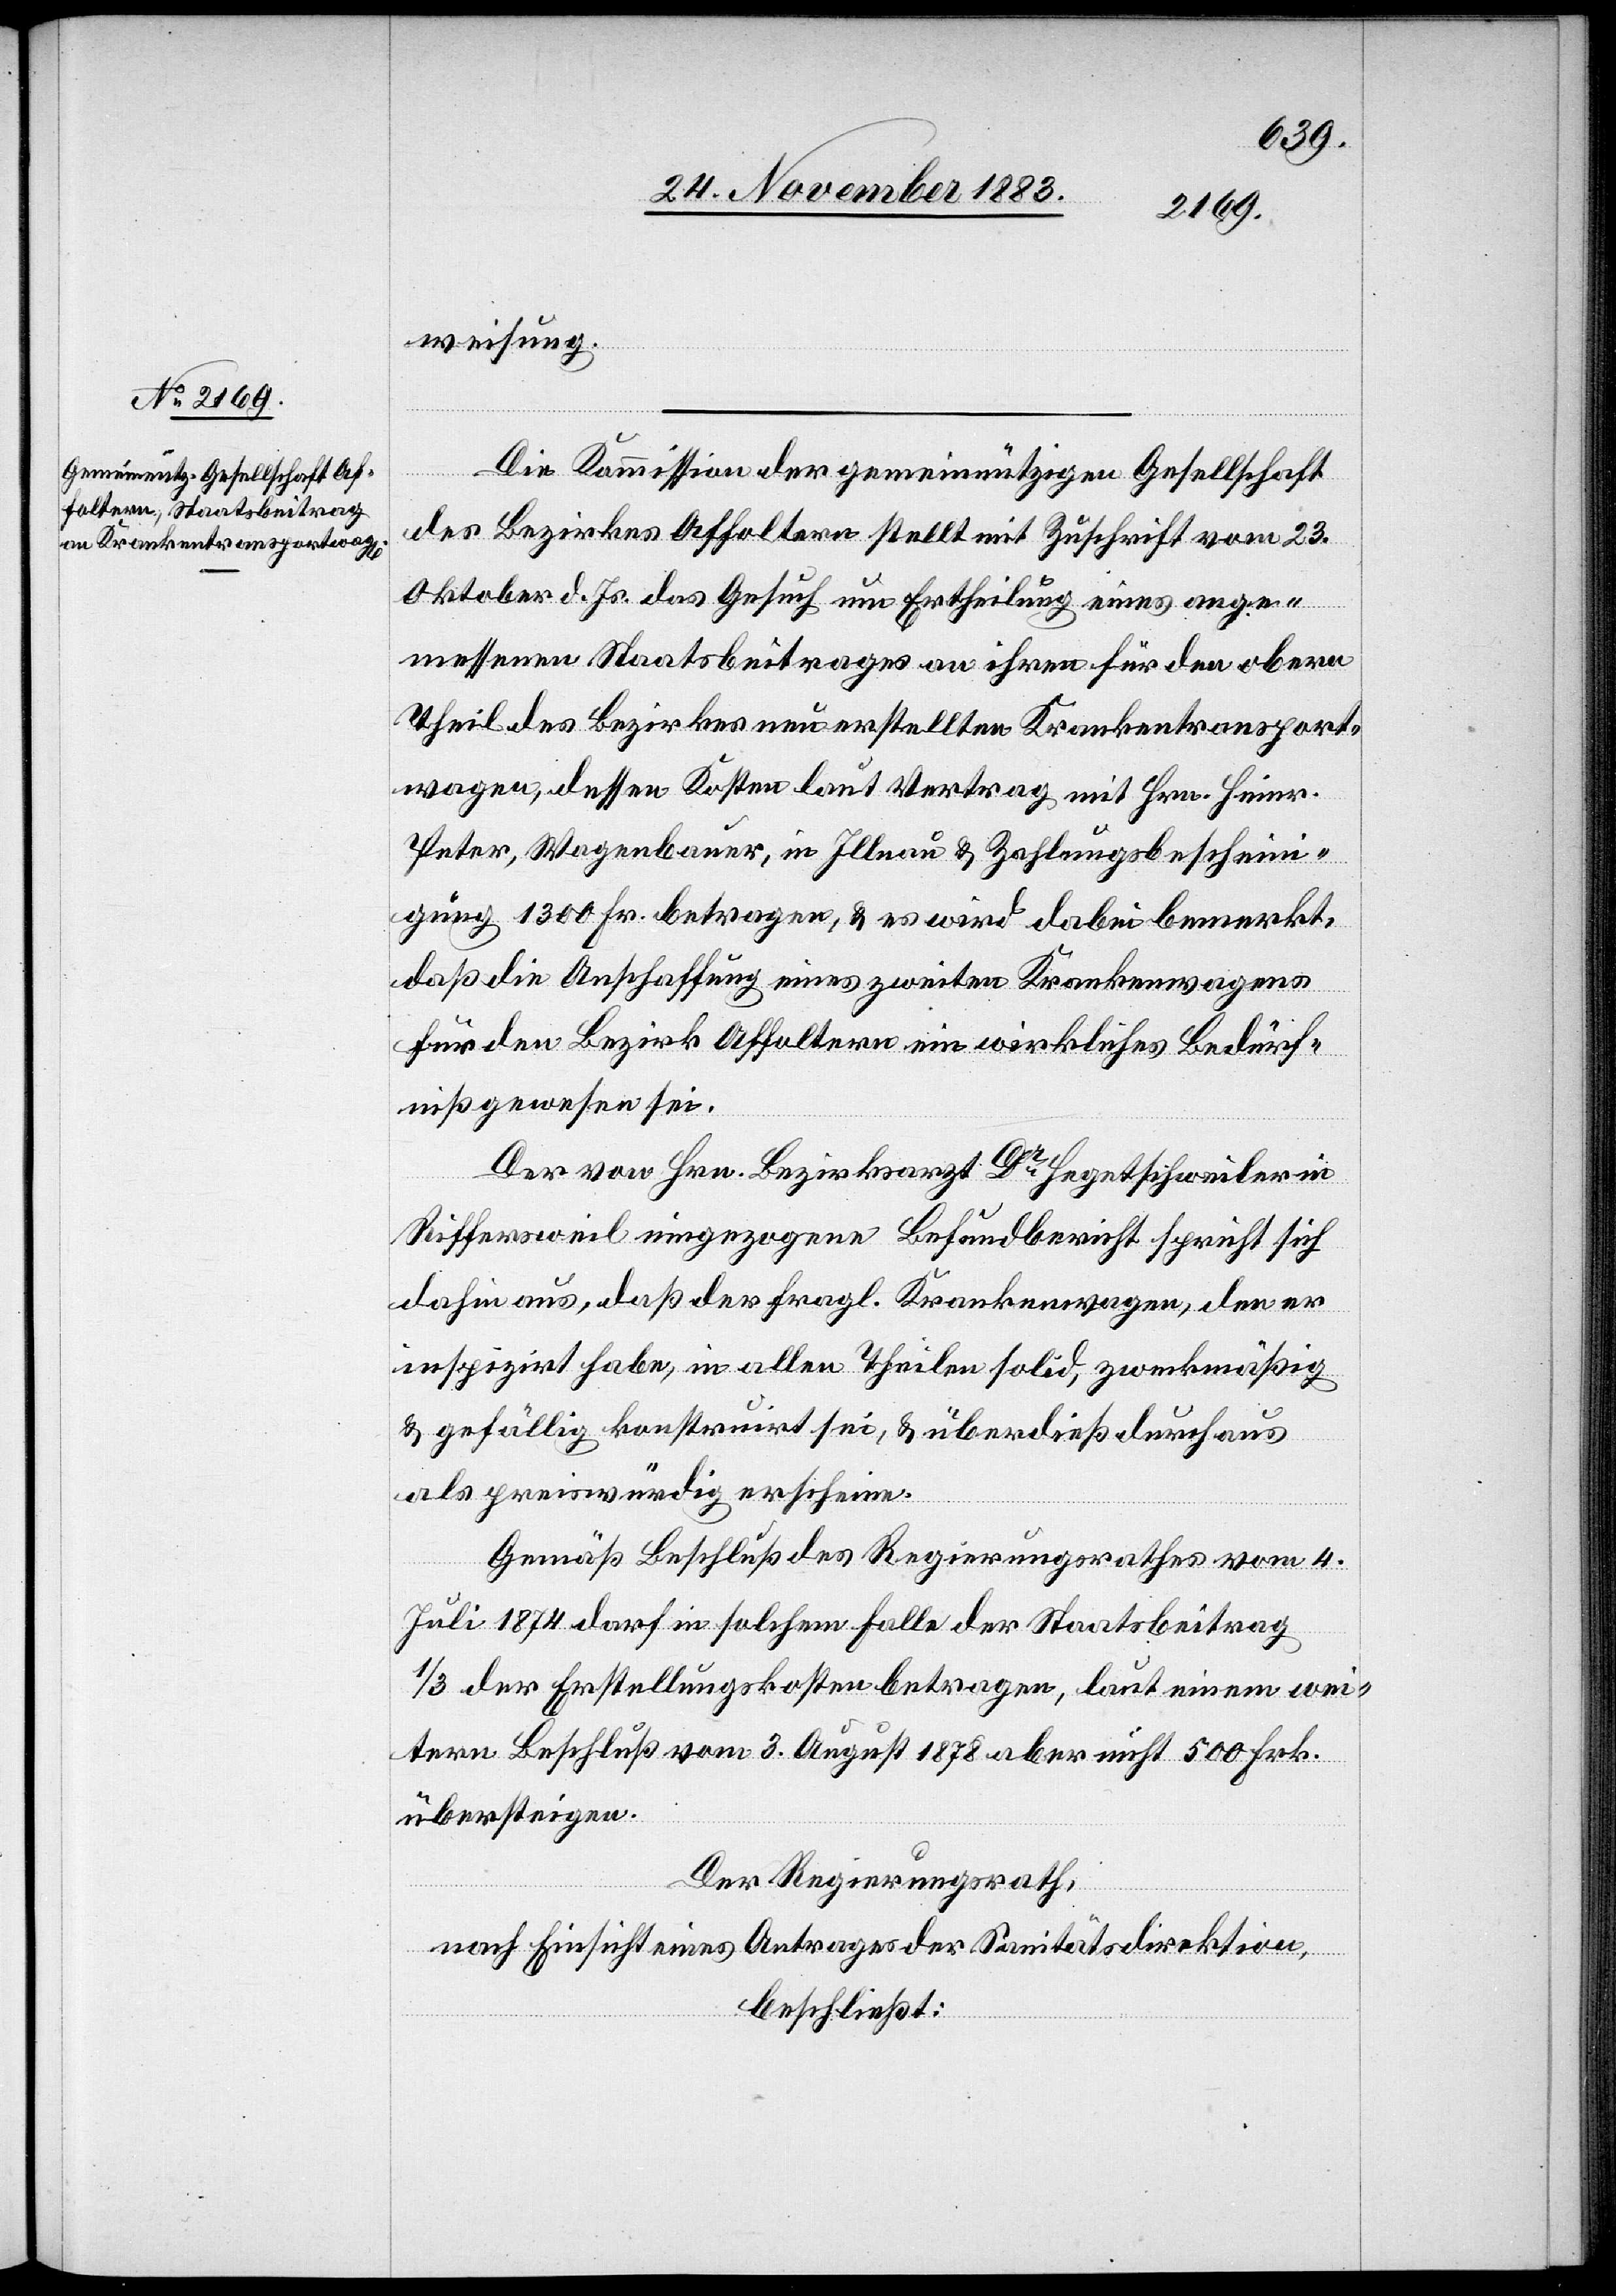
weisung.
Die Kommission der gemeinnützigen Gesellschaft
des Bezirkes Affoltern stellt mit Zuschrift vom 23.
Oktober d. Js. das Gesuch um Ertheilung eines ange¬
messenen Staatsbeitrages an ihren für den obern
Theil des Bezirkes neu erstellten Krankentransport¬
wagen, dessen Kosten laut Vertrag mit Hrn. Heinr.
Peter, Wagenbauer, in Illnau & Zahlungsbescheini¬
gung 1300 Fr. betragen, & es wird dabei bemerkt,
daß die Anschaffung eines zweiten Krankenwagens
für den Bezirk Affoltern ein wirkliches Bedürf¬
niß gewesen sei.
Der von Hrn. Bezirksarzt Dr Hegetschweiler in
Riffersweil eingezogene Befundbericht spricht sich
dahin aus, daß der fragl. Krankenwagen, den er
inspizirt habe, in allen Theilen solid, zweckmäßig
& gefällig konstruirt sei, & überdieß durchaus
als preiswürdig erscheine.
Gemäß Beschluß des Regierungsrathes vom 4.
Juli 1874 darf in solchem Falle der Staatsbeitrag
1/3 der Erstellungskosten betragen, laut einem wei¬
tern Beschluß vom 3. August 1878 aber nicht 500 Frk.
übersteigen.
Der Regierungsrath,
nach Einsicht eines Antrages der Sanitätsdirektion,
beschließt: